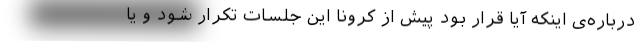
درباره‌ی اینکه آیا قرار بود پیش از کرونا این جلسات تکرار شود و یا